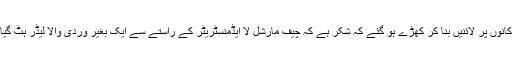
صالحین دوبارہ مٹھائی کی دکانوں پر لائنیں بنا کر کھڑے ہو گئے کہ شکر ہے کہ چیف مارشل لا ایڈمنسٹریٹر کے راستے سے ایک بغیر وردی والا لیڈر ہٹ گیا اور اب ملک ترقی کرے گا۔